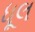
ધૂલ